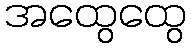
အထွေထွေ